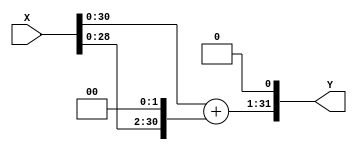
module scm_sigma (
    X,
    Y
);

  // Port mode declarations:
  input  signed  [31:0] X;
  output signed  [31:0] Y;

  //Multipliers:

  wire signed [53:0]
    w1,
    w4,
    w5,
    w41943040;

  assign w1 = X;
  assign w4 = w1 << 2;
  assign w5 = w1 + w4;
  assign w41943040 = w5 << 23;

  assign Y = w41943040[53:22];

endmodule